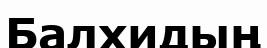
Балхидың